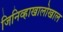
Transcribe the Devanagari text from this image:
जिनिव्हाखालोखाल